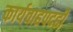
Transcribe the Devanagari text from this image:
कार्यवाहपदही